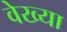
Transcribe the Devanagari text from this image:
वेख्या